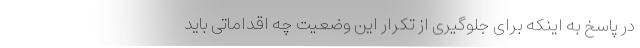
در پاسخ به اینکه برای جلوگیری از تکرار این وضعیت چه اقداماتی باید